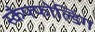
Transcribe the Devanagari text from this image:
स्कैफ्फोल्डिंग